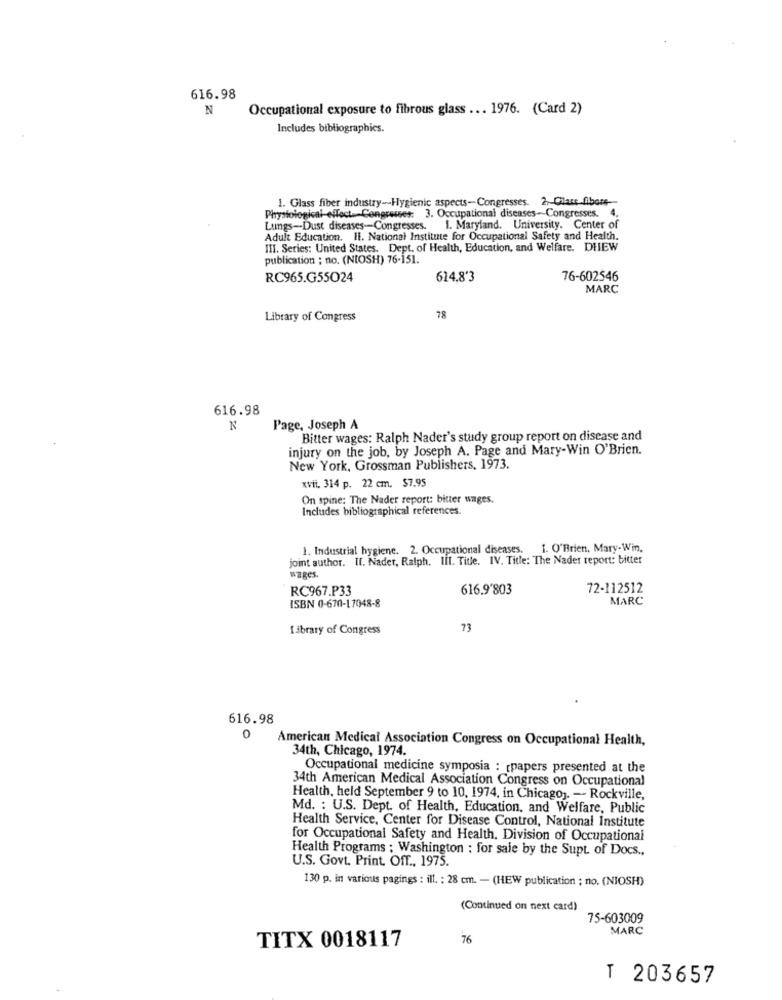
616.98
N
Occupational exposure to fibrous glass ... 1976. (Card 2)
Includes bibliographies.
1. Glass fiber industry -- Hygienic aspects-Congresses. 2. - Class_flbort-
Physiological-effect- Congresses: 3. Occupational diseases -- Congresses. 4.
Lungs-Dust diseases-Congresses. 1. Maryland. University. Center of
Adult Education. Il. National Institute for Occupational Safety and Health.
III. Series: United States. Dept. of Health, Education, and Welfare. DIEW
publication ; no. (NIOSH) 76-151.
RC965.G55024
614.8'3
76-602546
MARC
Library of Congress
78
616.98
N
Page, Joseph A
Bitter wages: Ralph Nader's study group report on disease and
injury on the job, by Joseph A. Page and Mary-Win O'Brien.
New York, Grossman Publishers, 1973.
xvii. 314 p. 22 cm. $7.95
On spine: The Nader report: bitter wages.
Includes bibliographical references.
1. Industrial hygiene. 2. Occupational diseases. I. O'Brien, Mary-Win,
joint author. Il. Nader, Ralph. Ill. Title. IV. Title: The Nader report: bitter
wages.
RC967.P33
616.9'803
72-112512
MARC
ISBN 0-670-17048-8
Library of Congress
73
616.98
0
American Medical Association Congress on Occupational Health,
34th, Chicago, 1974.
Occupational medicine symposia : [papers presented at the
34th American Medical Association Congress on Occupational
Health, held September 9 to 10, 1974, in Chicago). -- Rockville,
Md. : U.S. Dept. of Health, Education, and Welfare, Public
Health Service, Center for Disease Control, National Institute
for Occupational Safety and Health. Division of Occupational
Health Programs ; Washington : for sale by the Supt of Docs ..
U.S. Govt. Print. Off ., 1975.
130 p. in various pagings : ill. ; 28 cm. - (HEW publication ; no. (NIOSH)
(Continued on next card)
75-603009
MARC
TITX 0018117
76
T 203657